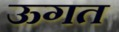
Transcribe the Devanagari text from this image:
ऊगत